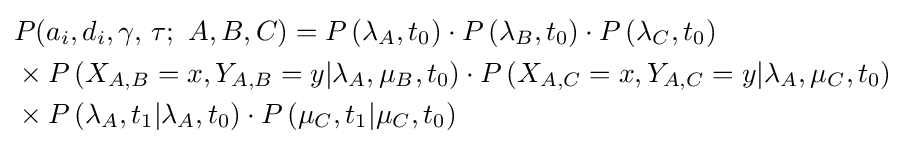
{\begin{aligned}&P(a_{i},d_{i},\gamma ,\,\tau ;\ A,B,C)=P\left(\lambda _{A},t_{0}\right)\cdot P\left(\lambda _{B},t_{0}\right)\cdot P\left(\lambda _{C},t_{0}\right)\\&\times P\left(X_{A,B}=x,Y_{A,B}=y|\lambda _{A},\mu _{B},t_{0}\right)\cdot P\left(X_{A,C}=x,Y_{A,C}=y|\lambda _{A},\mu _{C},t_{0}\right)\\&\times P\left(\lambda _{A},t_{1}|\lambda _{A},t_{0}\right)\cdot P\left(\mu _{C},t_{1}|\mu _{C},t_{0}\right)\\\end{aligned}}